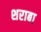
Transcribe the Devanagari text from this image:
शराबा